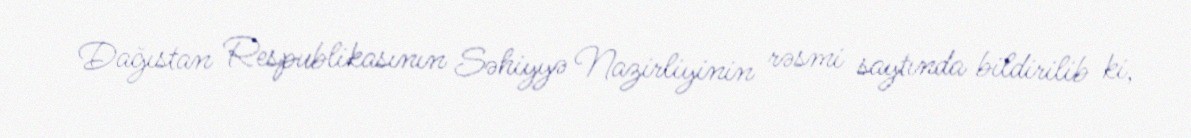
Dağıstan Respublikasının Səhiyyə Nazirliyinin rəsmi saytında bildirilib ki,